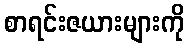
စာရင်းဇယားများကို